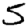
Digit: 5